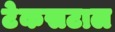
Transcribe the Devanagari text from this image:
टेकसटाल